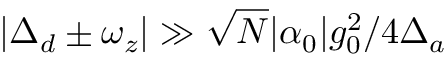
| \Delta _ { d } \pm \omega _ { z } | \gg \sqrt { N } | \alpha _ { 0 } | g _ { 0 } ^ { 2 } / 4 \Delta _ { a }